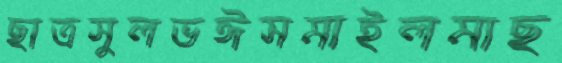
ছাত্রসুলভঈসমাইলমাছ